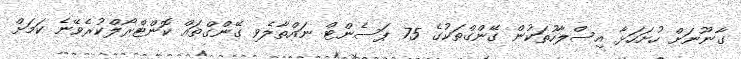
ގާނޫނަށް ހުށަހަޅާ އިސްލާހުތަކުން ގޭންގްތަކުގެ 75 ޕަސެންޓް ނައްތާލެވި ގޭންގްތައް ކޮންޓްރޯލްކުރެވޭނެ ކަމަށް